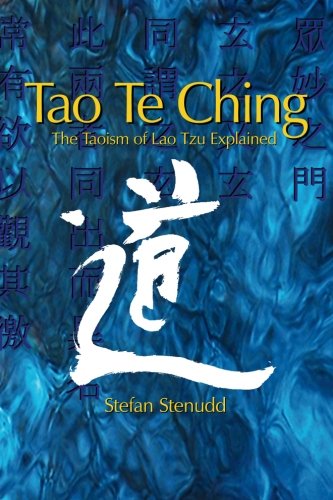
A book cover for Tao Te Ching: The Taoism of Lao Tzu Explained; Stefan Stenudd; Religion & Spirituality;